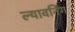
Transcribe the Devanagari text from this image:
ल्यावनिंग